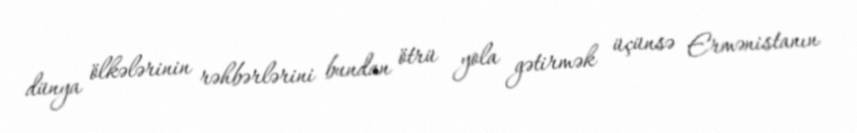
dünya ölkələrinin rəhbərlərini bundan ötrü yola gətirmək üçünsə Ermənistanın